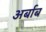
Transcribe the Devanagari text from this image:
अर्बाब